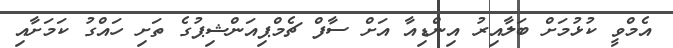
އެމްވީ ކުޅުމަށް ބަލާއިރު އިންޑިއާ އަށް ސާފް ޗެމްޕިއަންޝިޕުގެ ތަށި ހައްގު ކަމަށާއި